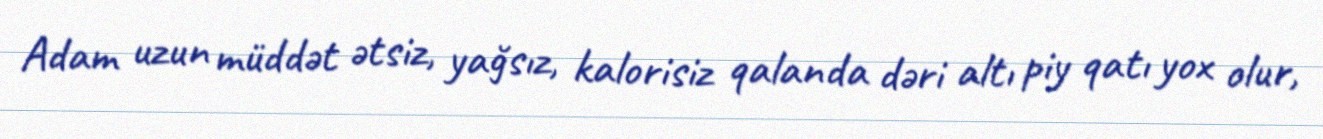
Adam uzun müddət ətsiz, yağsız, kalorisiz qalanda dəri altı piy qatı yox olur,